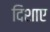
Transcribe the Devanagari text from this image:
दिशाए